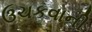
ઉચકવાની